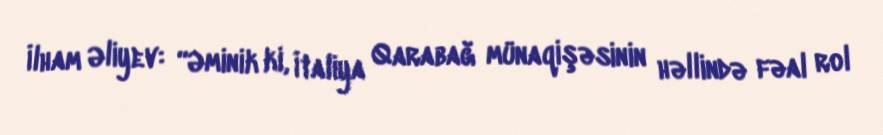
İlham Əliyev: “Əminik ki, İtaliya Qarabağ münaqişəsinin həllində fəal rol